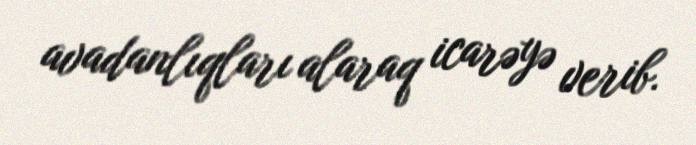
avadanlıqları alaraq icarəyə verib.